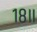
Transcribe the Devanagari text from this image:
१८॥